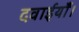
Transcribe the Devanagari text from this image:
दवाईयाँ।